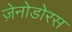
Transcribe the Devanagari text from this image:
ज़ेनोडोरस